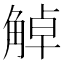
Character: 𧣺